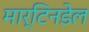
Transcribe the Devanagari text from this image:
मार्टिनडेल